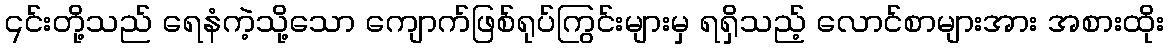
၎င်းတို့သည် ရေနံကဲ့သို့သော ကျောက်ဖြစ်ရုပ်ကြွင်းများမှ ရရှိသည့် လောင်စာများအား အစားထိုး